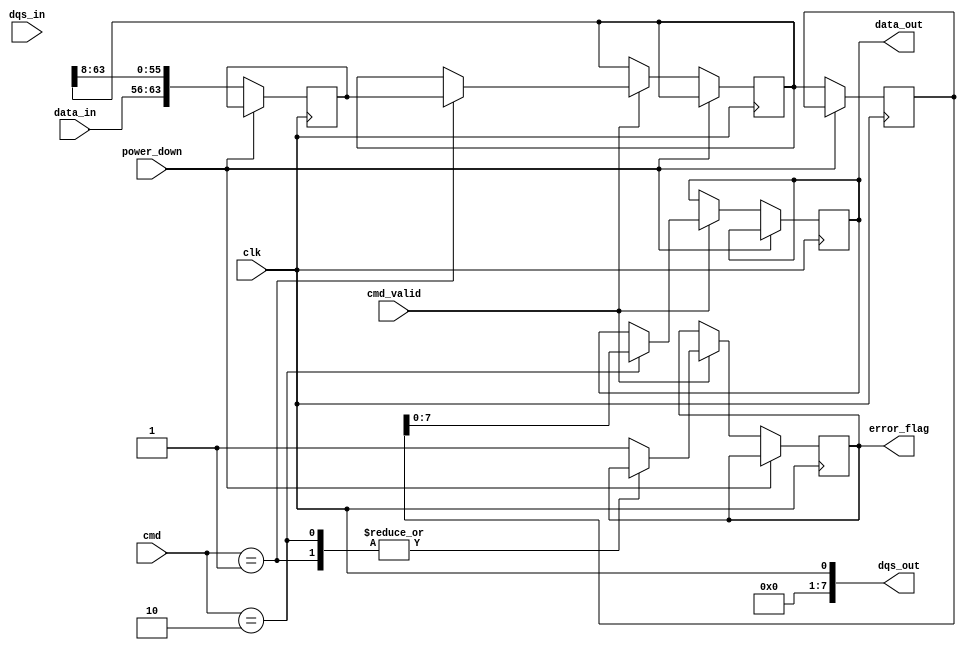
module GDDR6_IO_Block (
    input wire clk,                // Main clock input
    input wire [7:0] data_in,     // Data input for one data lane
    output wire [7:0] data_out,    // Data output for one data lane
    input wire [7:0] dqs_in,       // Data Strobe input
    output wire [7:0] dqs_out,     // Data Strobe output
    input wire cmd_valid,          // Command valid signal
    input wire [3:0] cmd,          // Command signal
    output wire error_flag,        // Error flag output
    input wire power_down          // Power down control
);

    // Parameters
    parameter NUM_LANES = 8;
    parameter DATA_WIDTH = 8;     // Data width for each lane
    parameter DQ_WIDTH = NUM_LANES * DATA_WIDTH; // Total data width

    // Internal Signals
    reg [DQ_WIDTH-1:0] data_lanes; // Parallel data lanes
    reg [DQ_WIDTH-1:0] serialized_data;
    reg [DQ_WIDTH-1:0] deserialized_data;
    
    // Error handling registers
    reg error_detected;

    // High-speed buffers for data input
    always @(posedge clk) begin
        if (!power_down) begin
            // Data Reception (Data Deserialize)
            deserialized_data <= {data_in, data_lanes[DQ_WIDTH-1:DATA_WIDTH]}; // Extend for all lanes

            // Example of a command interpretation
            if (cmd_valid) begin
                case (cmd)
                  4'b0001: data_lanes <= deserialized_data; // WRITE
                  4'b0010: data_out <= serialized_data;     // READ
                    // Handle other commands...
                  default: error_detected <= 1'b1; // Error flag on unknown command
                endcase
            end
        end
    end

    // Data Serialization logic
    always @(posedge clk) begin
        if (!power_down) begin
            // Serialize data output logic (example)
            serialized_data <= data_lanes; // Simple pass-through for demonstration
        end
    end

    // Clock Management (mock)
    wire clk_out = clk; // Placeholder for clock management

    // Output data strobe handling
    assign dqs_out = clk_out; // Simple clock in this example

    // Error flag output
    assign error_flag = error_detected;

    // Initialize and training logic
    initial begin
        error_detected = 1'b0; // Initialize error flag
        // Additional initialization and training logic can be added here
    end

endmodule